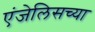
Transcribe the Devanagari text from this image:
एंजेलिसच्या